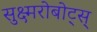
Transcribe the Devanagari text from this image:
सुक्ष्मरोबोट्स्